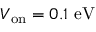
V _ { \mathrm { o n } } = 0 . 1 \ \mathrm { e V }